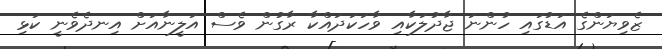
ޒެވިޔަންގެ އަޑުގައި ހުންނަ ޖާދުލަކާއި ވާހަކަދައްކާ ރާގުން ވެސް އަލީނާއަށް އިނދެވެނީ ކަޅި